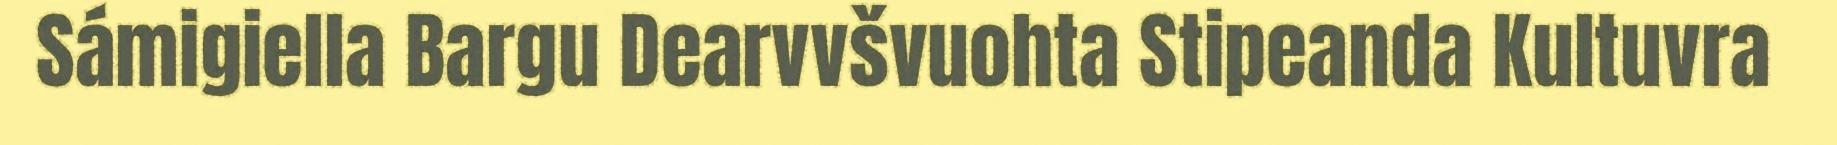
Sámigiella Bargu Dearvvšvuohta Stipeanda Kultuvra